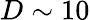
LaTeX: D\sim 10